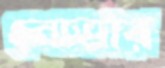
নোভার